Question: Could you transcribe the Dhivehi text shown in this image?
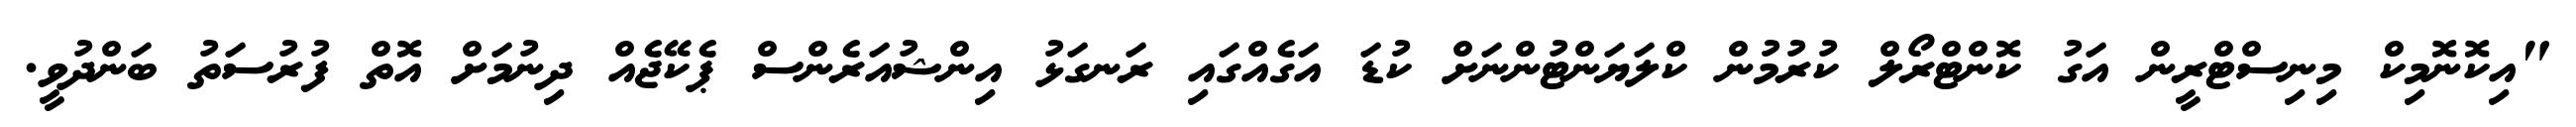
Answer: "އިކޮނޮމިކް މިނިސްޓްރީން އަގު ކޮންޓްރޯލް ކުރުމުން ކްލަޔަންޓުންނަށް ކުޑަ އަގެއްގައި ރަނގަޅު އިންޝުއަރެންސް ޕެކޭޖެއް ދިނުމަށް އޮތް ފުރުސަތު ބަންދުވީ.